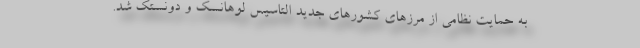
به حمایت نظامی از مرزهای کشورهای جدید التاسیس لوهانسک و دونستک شد.